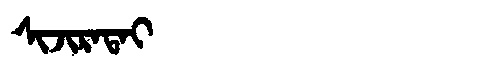
Manchu: ᠰᡳᠵᡳᡵᠠᡨᠠᡳ
Romanization: SIJIRATAI